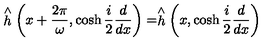
\stackrel { \wedge } { h } \left( x + \frac { 2 \pi } { \omega } , \cosh \frac { i } { 2 } \frac { d } { d x } \right) = \stackrel { \wedge } { h } \left( x , \cosh \frac { i } { 2 } \frac { d } { d x } \right)